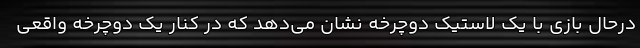
درحال بازی با یک لاستیک دوچرخه نشان می‌دهد که در کنار یک دوچرخه واقعی